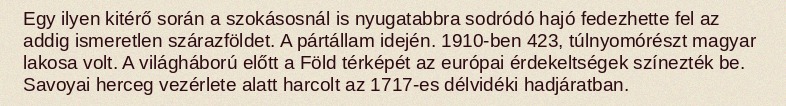
Egy ilyen kitérő során a szokásosnál is nyugatabbra sodródó hajó fedezhette fel az addig ismeretlen szárazföldet. A pártállam idején. 1910-ben 423, túlnyomórészt magyar lakosa volt. A világháború előtt a Föld térképét az európai érdekeltségek színezték be. Savoyai herceg vezérlete alatt harcolt az 1717-es délvidéki hadjáratban.